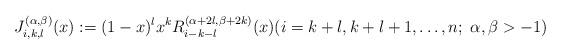
LaTeX: \begin{align*}J_{i,k,l}^{(\alpha,\beta)}(x) := (1-x)^lx^kR^{(\alpha+2l,\beta+2k)}_{i-k-l}(x) (i=k+l,k+l+1,\ldots,n;\;\alpha,\beta > -1)\end{align*}